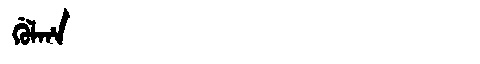
Manchu: ᡤᡠᠯᡥᠠ
Romanization: GULHA